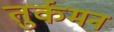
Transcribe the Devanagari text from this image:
तुर्कमन